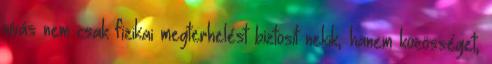
vívás nem csak fizikai megterhelést biztosít nekik, hanem közösséget,